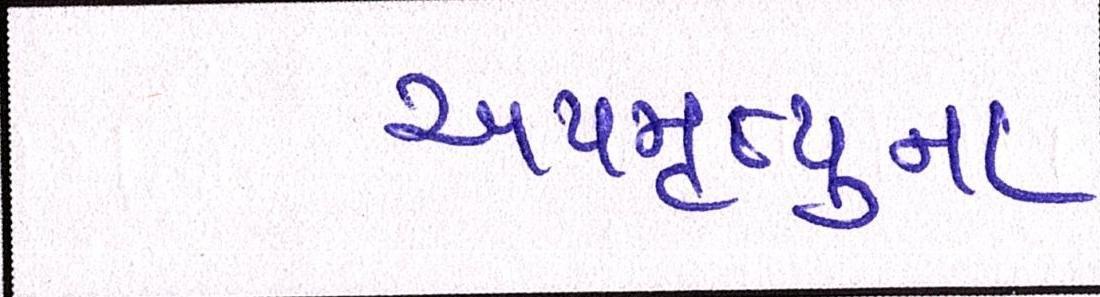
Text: અપમૃત્યુના